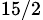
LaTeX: _{15/2}